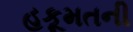
હકૂમતની